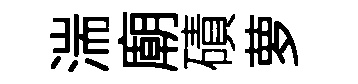
湍廟磧萝